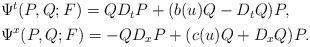
LaTeX: \begin{align*}\begin{aligned}& \Psi^t(P,Q;F) = QD_t P + (b(u) Q - D_tQ)P ,\\& \Psi^x(P,Q;F) = -QD_x P + (c(u) Q+D_xQ)P .\end{aligned}\end{align*}